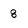
Character: 8